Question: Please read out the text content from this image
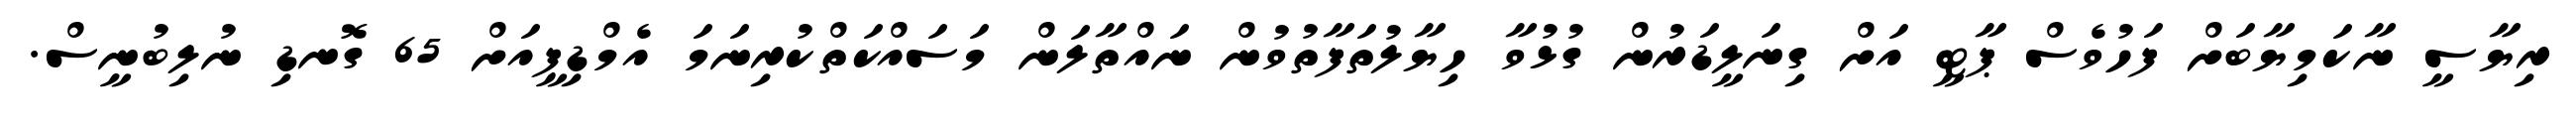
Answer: ރިޔާސީ ނާކަމިޔާބަށް ފަހުވެސް ޕާޓީ އަށް ގިނަލީޑަރުން ގުޅުވާ ހިޔާލުތަފާތުވުން ނައްތާލަން މަސައްކަތްކުރިނަމަ އެމްޑިޕީއަށް 65 ގޮނޑި ނުލިބުނީސް.